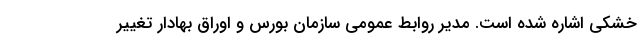
خشکی اشاره شده است. مدیر روابط عمومی سازمان بورس و اوراق بهادار تغییر